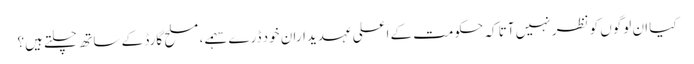
کیا ان لوگوں کو نظر نہیں آتا کہ حکومت کے اعلی عہدیداران خود ڈرے سہمے، مسلح گارڈ کے ساتھ چلتے ہیں؟